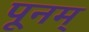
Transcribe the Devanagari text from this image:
पूनम्